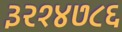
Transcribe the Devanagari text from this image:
३२१४७८६